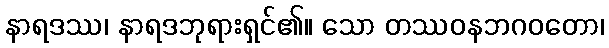
နာရဒဿ၊ နာရဒဘုရားရှင်၏။ သော တဿဝနဘဂဝတော၊